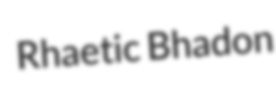
Rhaetic Bhadon